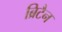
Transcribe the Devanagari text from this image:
ब्रिटैन